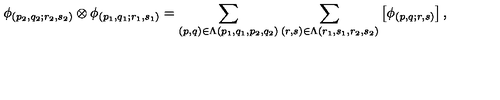
\phi _ { ( p _ { 2 } , q _ { 2 } ; r _ { 2 } , s _ { 2 } ) } \otimes \phi _ { ( p _ { 1 } , q _ { 1 } ; r _ { 1 } , s _ { 1 } ) } = \sum _ { ( p , q ) \in \Lambda ( p _ { 1 } , q _ { 1 } , p _ { 2 } , q _ { 2 } ) } \sum _ { ( r , s ) \in \Lambda ( r _ { 1 } , s _ { 1 } , r _ { 2 } , s _ { 2 } ) } \left[ \phi _ { ( p , q ; r , s ) } \right] ,